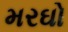
મરઘો